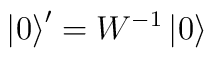
\left|0\right>'=W^{-1}\left|0\right>